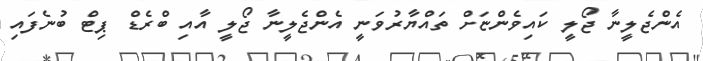
އެންޖެލީނާ ޖޯލީ ކައިވެންޏަށް ތައްޔާރުވަނީ އެންޖެލީނާ ޖޯލީ އާއި ބްރެޑް ޕިޓް ބުނެފައި